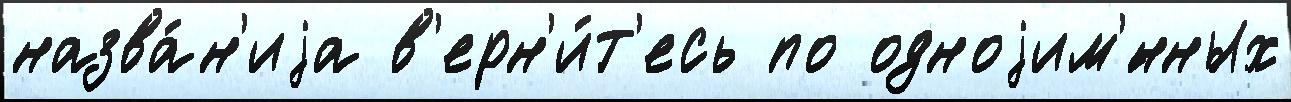
назва́н'иjа в'ерн'и́т'есь по одноjим'́нных